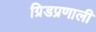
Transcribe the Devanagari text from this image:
ग्रिडप्रणाली